Annual report on the mental hospital in the Central Provinces and Berar (Nagpur) - 1927-1951
Year: 1927
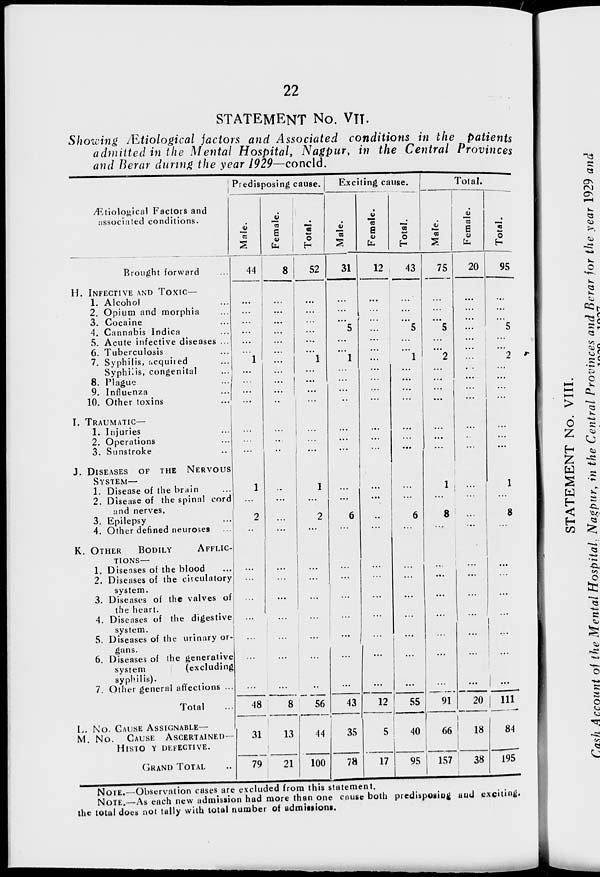
22
STATEMENT No. VII.
Showing Ætiological factors and Associated conditions in the patients
admitted in the Mental Hospital, Nagpur, in the Central Provinces
and Berar during the year 1929—concld.
Ætiological Factors and
associated conditions.
Brought forward ...
H. INFECTIVE AND TOXIC—
1. Alcohol ...
2. Opium and morphia ...
3. Cocaine ...
4. Cannabis Indica ...
5. Acute infective diseases ...
6. Tuberculosis ...
7. Syphilis, acquired ...
Syphilis, congenital ...
8. Plague ...
9. Influenza ...
10. Other toxins ...
I. TRAUMATIC—
1. Injuries ...
2. Operations ...
3. Sunstroke ...
J. DISEASES OF THE NERVOUS
SYSTEM—
1. Disease of the brain ...
2. Disease of the spinal cord
and nerves,
3. Epilepsy ...
4. Other defined neuroses ...
K. OTHER
BODILY
AFFLIC-
-----—
1. Diseases of the blood ...
2. Diseases of the circulatory
system. ...
3. Diseases of the valves of
the heart.
4. Diseases of the digestive
system.
5. Diseases of the urinary or-
gans.
6. Diseases of the generative
system
(excluding
syphilis).
7. Other general affections ...
Total ...
L. No. CAUSE ASSIGNABLE—
M. No.
CAUSE
ASCERTAINED—
HISTO Y DEFECTIVE.
GRAND TOTAL ...
Predisposing cause.
Male.
44
...
...
...
...
...
...
1
...
...
...
...
...
...
...
1
...
2
...
...
...
...
...
...
...
...
48
31
79
Female.
8
...
...
...
...
...
...
...
...
...
...
...
...
...
...
...
...
...
...
...
...
...
...
...
...
...
8
13
21
Total.
52
...
...
...
...
...
...
1
...
...
...
...
...
...
...
1
...
2
...
...
...
...
...
...
...
...
56
44
100
Exciting cause.
Male.
31
...
...
...
5
...
...
1
...
...
...
...
...
...
...
...
...
6
...
...
...
...
...
...
...
...
43
35
78
Female.
12
...
...
...
...
...
...
...
...
...
...
...
...
...
...
...
...
...
...
...
...
...
...
...
...
...
12
5
17
Total.
43
...
...
...
...
5
...
...
1
...
...
...
...
...
...
...
...
...
6
...
...
...
...
...
...
...
...
55
40
95
Total.
Male.
75
...
...
...
5
... ...
2
...
...
...
...
...
...
...
1
1
8
...
...
...
...
...
...
...
...
91
...
66
157
Female.
20
...
...
...
...
...
...
...
... ...
...
...
...
...
...
...
...
...
...
...
...
...
...
...
...
...
...
20
18
38
Total.
95
...
...
...
5
...
... 2
...
...
...
...
...
...
...
1
...
8
...
...
...
...
...
...
...
...
111
84
195
NOTE.—Observation cases are excluded from this statement.
NOTE.—As each new admission had more than one cause both predisposing and exciting.
the total does not tally with total number of admissions.